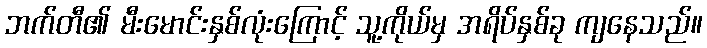
ဘက်တီ၏ မီးမောင်းနှစ်လုံးကြောင့် သူ့ကိုယ်မှ အရိပ်နှစ်ခု ကျနေသည်။